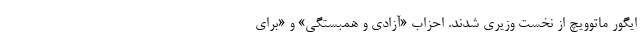
ایگور ماتوویچ از نخست وزیری شدند. احزاب «آزادی و همبستگی» و «برای